Plague in India, 1896, 1897 - Volume 1
Year: 1896
Disease focus: Plague
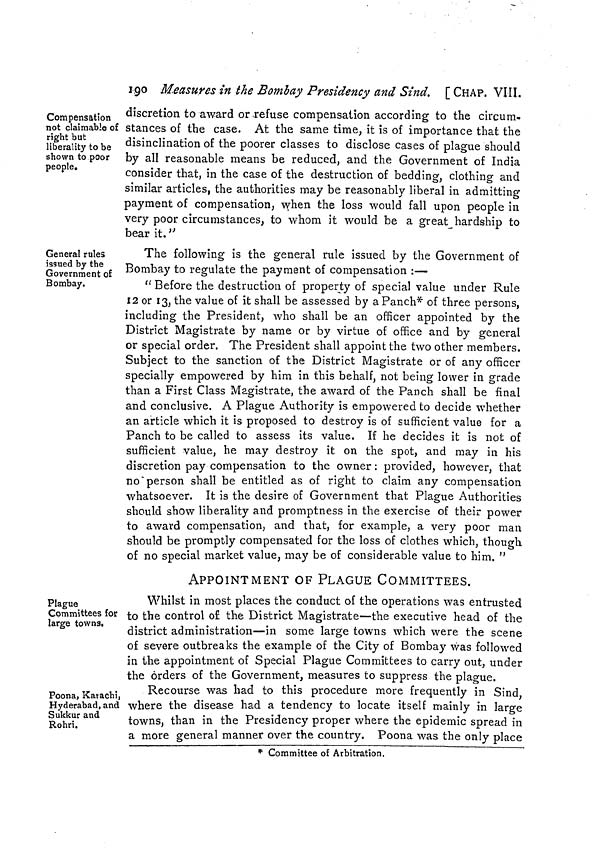
190 Measures in the Bombay Presidency and Sind. [CHAP. VIII.
Compensation
not claimable of
right but
liberality to be
shown to poor
people.
discretion to award or refuse compensation according to the circum-
stances of the case. At the same time, it is of importance that the
disinclination of the poorer classes to disclose cases of plague should
by all reasonable means be reduced, and the Government of India
consider that, in the case of the destruction of bedding, clothing and
similar articles, the authorities may be reasonably liberal in admitting
payment of compensation, when the loss would fall upon people in
very poor circumstances, to whom it would be a great hardship to
bear it. "
General rules
issued by the
Government of
Bombay.
The following is the general rule issued by the Government of
Bombay to regulate the payment of compensation :—
" Before the destruction of property of special value under Rule
12 or 13, the value of it shall be assessed by a Panch* of three persons,
including the President, who shall be an officer appointed by the
District Magistrate by name or by virtue of office and by general
or special order. The President shall appoint the two other members.
Subject to the sanction of the District Magistrate or of any officer
specially empowered by him in this behalf, not being lower in grade
than a First Class Magistrate, the award of the Panch shall be final
and conclusive. A Plague Authority is empowered to decide whether
an article which it is proposed to destroy is of sufficient value for a
Panch to be called to assess its value. If he decides it is not of
sufficient value, he may destroy it on the spot, and may in his
discretion pay compensation to the owner : provided, however, that
no "person shall be entitled as of right to claim any compensation
whatsoever. It is the desire of Government that Plague Authorities
should show liberality and promptness in the exercise of their power
to award compensation, and that, for example, a very poor man
should be promptly compensated for the loss of clothes which, though
of no special market value, may be of considerable value to him. "
Plague
Committees for
large towns.
APPOINTMENT OF PLAGUE COMMITTEES.
Whilst in most places the conduct of the operations was entrusted
to the control of the District Magistrate—the executive head of the
district administration—in some large towns which were the scene
of severe outbreaks the example of the City of Bombay was followed
in the appointment of Special Plague Committees to carry out, under
the orders of the Government, measures to suppress the plague.
Poona, Karachi,
Hyderabad, and
Sukkur and
Rohri.
Recourse was had to this procedure more frequently in Sind
where the disease had a tendency to locate itself mainly in large
towns, than in the Presidency proper where the epidemic spread in
a more general manner over the country. Poona was the only place
* Committee of Arbitration.